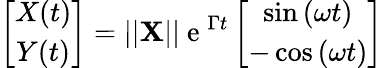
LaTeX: \left[{\begin{array}{c}{X(t)}\\ {Y(t)}\end{array}}\right]=||\mathbf{X}||\mathrm{~e~}^{\Gamma t}\left[{\begin{array}{c}{\sin{(\omega t)}}\\ {-\cos{(\omega t)}}\end{array}}\right]